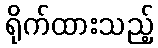
ရိုက်ထားသည့်